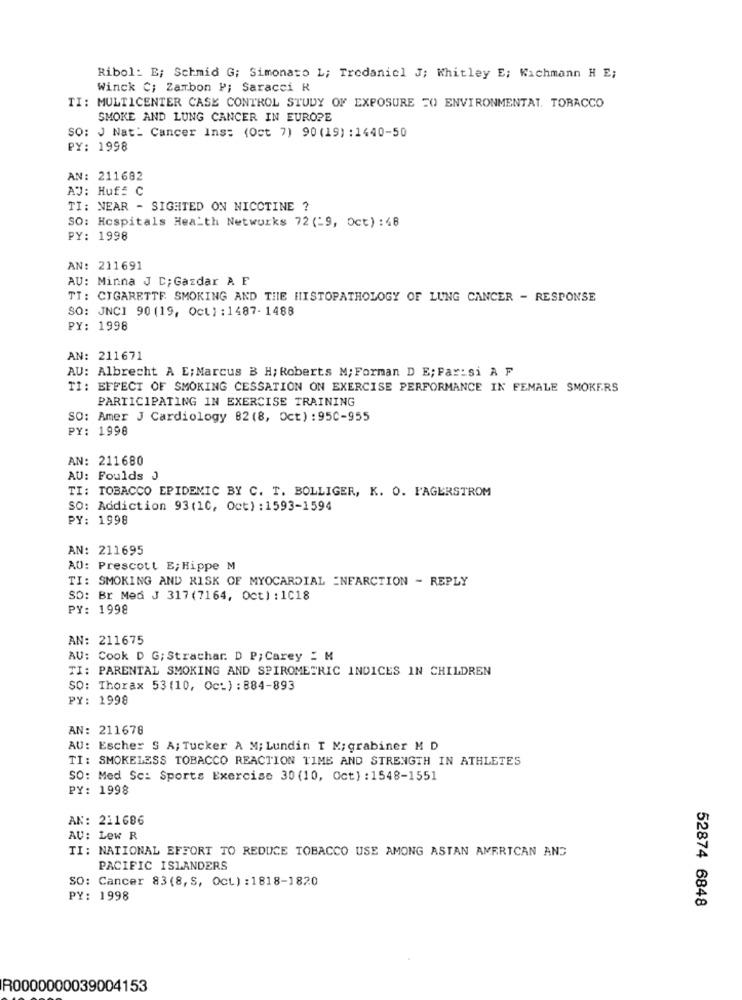
Ribol: E; Schmid G; Simonato L; Tredaniel J; Whitley E; Wichmann H E;
Winck C; Zambon P; Saracci R
TI: MULTICENTER CASE CONTROL STUDY OF EXPOSURE 50 ENVIRONMENTAT. TOBACCO
SMOKE AND LUNG CANCER IN EUROPE
SO: J Nat: Cancer Ins: (Oct 7) 90 (19) :1440-50
PY: 1998
AN: 211682
AJ: Huf= C
TI: NEAR - SIGHTED ON NICOTINE ?
SO: Hospitals Health Networks 72 (=9, Oct) :48
PY: 1998
AN: 211691
AU: Minna J C; Gazdar A F
TT: CIGARETTE SMOKING AND THE HISTOPATHOLOGY OF LUNG CANCER - RESPONSE
SO: JNCI 90 (19, Oct ) : 1487- 1488
PY: 1998
AN: 211671
AU: Albrecht A E; Marcus B H; Roberts M; Forman D E; Fax: si A F
TI: EFFECT OF SMOKING CESSATION ON EXERCISE PERFORMANCE IN FEMALE SMOKERS
PARTICIPATING IN EXERCISE TRAINING
SO: Amer J Cardiology 82 (8, Oct) : 95C-955
PY: 1998
AN: 211680
AU: Foulds J
TI: TOBACCO EPIDEMIC BY C. T. BOLLIGER, K. O. FAGERSTROM
SO: Addiction 93(1C, Oct) :1593-1594
PY: 1998
AN: 211695
AU: Prescott E; Hippe M
TI: SMOKING AND RISK OF MYOCARDIAL =NEARCTION - REPLY
SO: Br Med J 317 (7164, Oct) : 1018
PY: 1998
AN: 211675
AU: Cook D G; Strachar. D P; Carey : M
TI: PARENTAL SMOKING AND SPIROMETRIC INDICES IN CHILDREN
SO: Thorax 53(10, Oct) : 884-893
PY: 1998
AN: 211678
AU: Escher S A; Tucker A M; Lundin T M; grabiner M D
TI: SMOKELESS TOBACCO REACTION TIME AND STRENGTH IN ATHLETES
SO: Med Sci Sports Exercise 30 (10, Oct) : 1548-1551
PY: 1998
AN: 211686
AV: Lew R
TI: NATIONAL EFFORT TO REDUCE TOBACCO USE AMONG ASTAN AMERICAN AND
PACIFIC ISLANDERS
SO: Cancer 83(8, S, Oct) : 1818-1820
PY: 1998
52874 6848
R0000000039004153